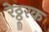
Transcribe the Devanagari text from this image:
रेठ्ठूरक